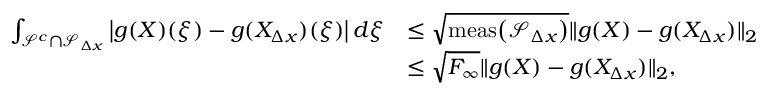
\begin{array} { r l } { \int _ { \mathcal { S } ^ { c } \cap \mathcal { S } _ { \Delta x } } \left| g ( X ) ( \xi ) - g ( X _ { \Delta x } ) ( \xi ) \right| d \xi } & { \leq \sqrt { \mathrm { m e a s } \! \left( \mathcal { S } _ { \Delta x } \right) } \| g ( X ) - g ( X _ { \Delta x } ) \| _ { 2 } } \\ & { \leq \sqrt { F _ { \infty } } \| g ( X ) - g ( X _ { \Delta x } ) \| _ { 2 } , } \end{array}